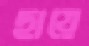
ছায়ে